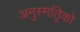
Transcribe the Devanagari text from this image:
अनुस्मतिृको